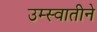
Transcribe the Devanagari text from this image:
उम्स्वातीने